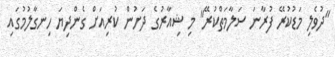
"ދުވެލި މަޑުކުރޭ ފުރާނަ ސަލާމަތްކުރޭ" މި ޝިއާރުގެ ދަށުން ކުރިއަށް ގެންދިޔަ ހިނގާލުމުގައި